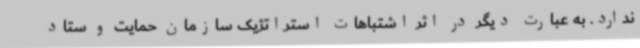
ندارد. به عبارت دیگر در اثر اشتباهات استراتژیک سازمان حمایت و ستاد